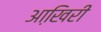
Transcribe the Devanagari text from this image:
आखि़री